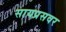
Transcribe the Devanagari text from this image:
सायप्रसवर